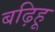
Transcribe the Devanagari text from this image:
बढ़िहू